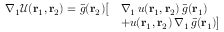
\begin{array} { r l } { \nabla _ { 1 } \mathcal { U } ( { \mathbf { r } _ { 1 } } , { \mathbf { r } _ { 2 } } ) = \bar { g } ( { \mathbf { r } _ { 2 } } ) \big [ } & { \nabla _ { 1 } \, u ( { \mathbf { r } _ { 1 } } , { \mathbf { r } _ { 2 } } ) \, \bar { g } ( { \mathbf { r } _ { 1 } } ) } \\ & { + u ( { \mathbf { r } _ { 1 } } , { \mathbf { r } _ { 2 } } ) \, \nabla _ { 1 } \, \bar { g } ( { \mathbf { r } _ { 1 } } ) \big ] } \end{array}